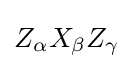
Z_{\alpha }X_{\beta }Z_{\gamma }